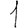
Digit: 1